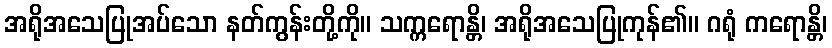
အရိုအသေပြုအပ်သော နတ်ကွန်းတို့ကို။ သက္ကရောန္တိ၊ အရိုအသေပြုကုန်၏။ ဂရုံ ကရောန္တိ၊